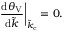
\left. \frac { \mathrm { d } \theta _ { \mathrm { V } } } { \mathrm { d } \tilde { k } } \right| _ { \tilde { k } _ { \mathrm { c } } } = 0 .